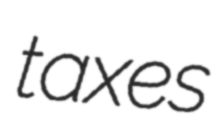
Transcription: taxes